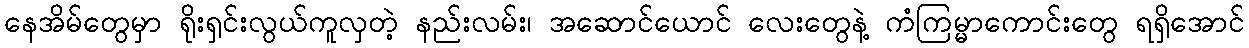
နေအိမ်တွေမှာ ရိုးရှင်းလွယ်ကူလှတဲ့ နည်းလမ်း၊ အဆောင်ယောင် လေးတွေနဲ့ ကံကြမ္မာကောင်းတွေ ရရှိအောင်